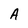
Character: A